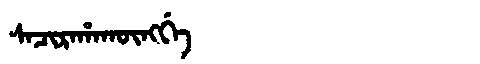
Manchu: ᠰᠠᠴᡳᡵᠠᡥᠠᡴᡡᠩᡤᡝ
Romanization: SACIRAHAKŪNGGE